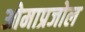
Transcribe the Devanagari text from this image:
ओमाप्रजोल